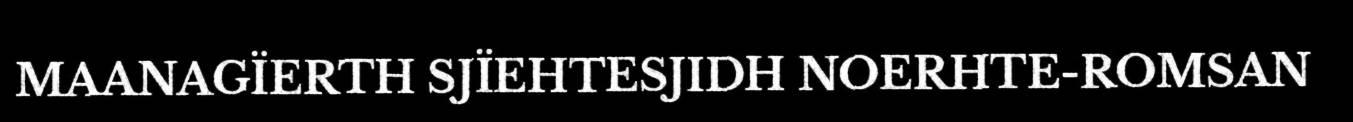
MAANAGÏERTH SJÏEHTESJIDH NOERHTE-ROMSAN